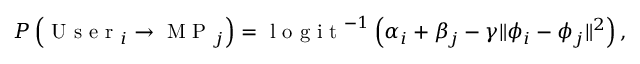
P \left( \mathrm { ~ U ~ s ~ e ~ r ~ } _ { i } \rightarrow \mathrm { ~ M ~ P ~ } _ { j } \right) = \mathrm { ~ l ~ o ~ g ~ i ~ t ~ } ^ { - 1 } \left( \alpha _ { i } + \beta _ { j } - \gamma \| \phi _ { i } - \phi _ { j } \| ^ { 2 } \right) ,